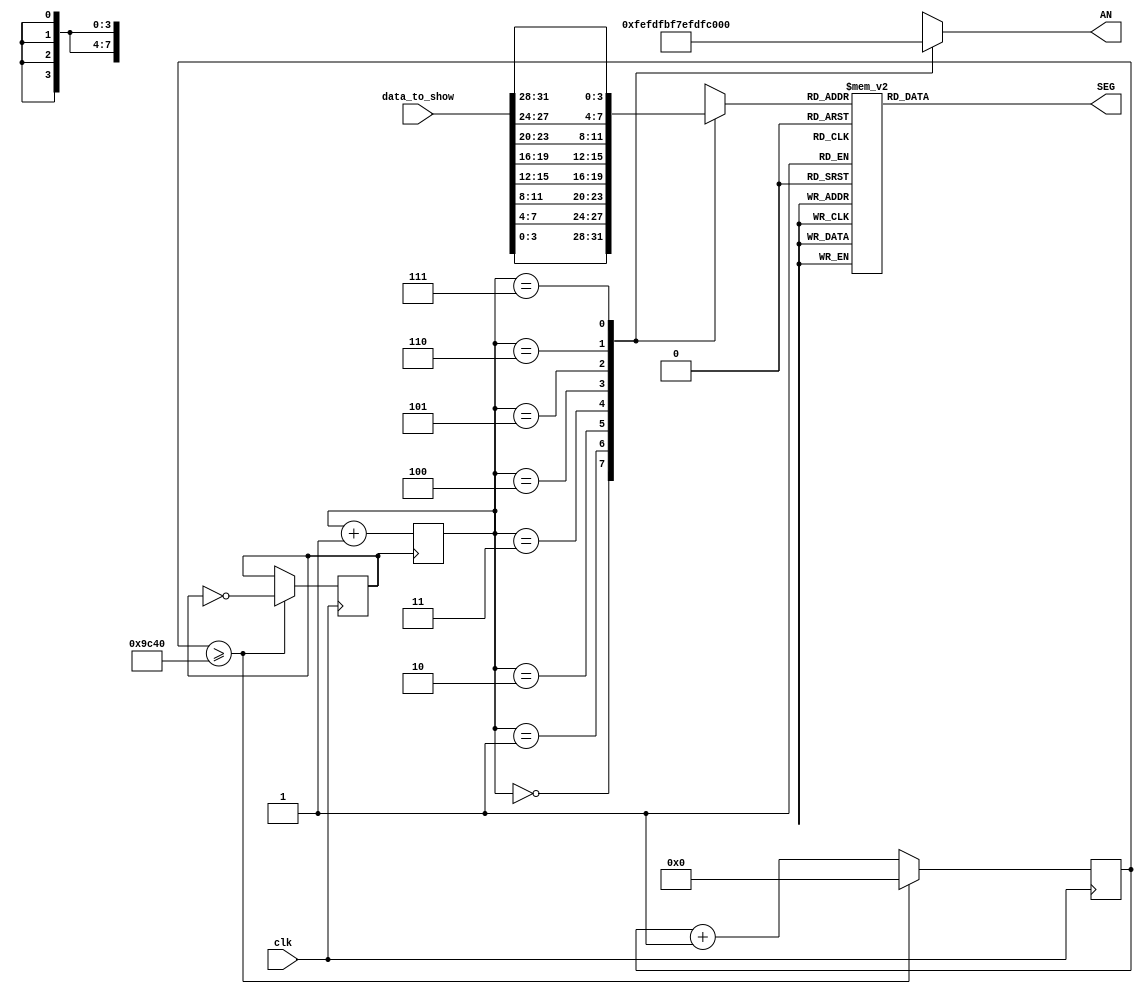
`timescale 1ns / 1ps
//////////////////////////////////////////////////////////////////////////////////
// 
//////////////////////////////////////////////////////////////////////////////////


module display(clk,data_to_show,SEG,AN);
    input clk;
    input [31:0]data_to_show;
    output reg [7:0] SEG;
    output reg [7:0] AN;
    reg [3:0]num_show;
    reg [2:0]pos;
    reg clk_down = 0;
    reg [31:0] cnt = 0;
    parameter times = 40000;//25hz
    initial begin
        pos=0;
        SEG=8'b00000000;
    end
    always@(posedge clk) begin// 
        if(cnt >= times)
            begin
                clk_down <= ~clk_down;
                cnt <= 0;
            end
        else begin
            cnt <= cnt + 1;
        end
    end
    always@(posedge clk_down)begin
             pos=pos+1;
    end
    always @(pos )   //
    begin
        case(pos)
            0:  
                begin 
                    AN[7:0] = 8'b11111110;
                    num_show=data_to_show[3:0];
                end
            1:  
                begin
                    AN[7:0] = 8'b11111101;
                    num_show=data_to_show[7:4];
                end
            2:  
                begin
                    AN[7:0] = 8'b11111011;
                    num_show=data_to_show[11:8];
                end
            3:  
                begin
                    AN[7:0] = 8'b11110111;
                    num_show=data_to_show[15:12];
                end
            4:  
                begin
                    AN[7:0] = 8'b11101111;
                    num_show=data_to_show[19:16];
                end
            5:
                begin
                    AN[7:0] = 8'b11011111;
                    num_show=data_to_show[23:20];                  
                end
            6:
                begin
                    AN[7:0] = 8'b10111111;
                    num_show=data_to_show[27:24];                  
                end
            7:
                begin
                    AN[7:0] = 8'b01111111;
                    num_show=data_to_show[31:28];                  
                end                
        endcase
    end

    always@(num_show[3:0])//
    begin
      case(num_show[3:0])
        4'b0000 :  SEG[7:0]=8'b11000000;
        4'b0001 :  SEG[7:0]=8'b11111001;
        4'b0010 :  SEG[7:0]=8'b10100100;
        4'b0011 :  SEG[7:0]=8'b10110000;
        4'b0100 :  SEG[7:0]=8'b10011001;
        4'b0101 :  SEG[7:0]=8'b10010010;
        4'b0110 :  SEG[7:0]=8'b10000010;
        4'b0111 :  SEG[7:0]=8'b11111000;
        4'b1000 :  SEG[7:0]=8'b10000000;
        4'b1001 :  SEG[7:0]=8'b10011000;
        4'b1010 :  SEG[7:0]=8'b10001000;//ABCDEF
        4'b1011 :  SEG[7:0]=8'b10000011;
        4'b1100 :  SEG[7:0]=8'b11000110;
        4'b1101 :  SEG[7:0]=8'b10100001;
        4'b1110 :  SEG[7:0]=8'b10000110;
        4'b1111 :  SEG[7:0]=8'b10001110;
        default:   SEG[7:0]=8'b11111111;
      endcase
    end
endmodule